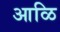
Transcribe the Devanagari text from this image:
आळि